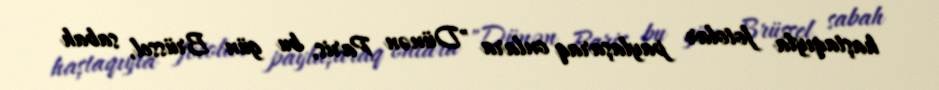
haştaqıyla fotolar paylaşaraq onlara "Dünən Paris, bu gün Brüssel, sabah